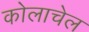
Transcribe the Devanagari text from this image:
कोलाचेल